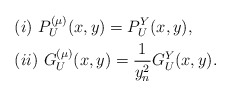
\begin{align*}&(i)\ P_U^{(\mu)}(x,y)=P_U^Y(x,y),\\&(ii)\ G_U^{(\mu)}(x,y)=\frac1{y_n^2}G^Y_U(x,y).\end{align*}